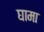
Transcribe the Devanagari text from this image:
घामा